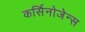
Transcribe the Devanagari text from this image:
कर्सिनोजेन्स